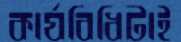
কার্যবিধিটাই